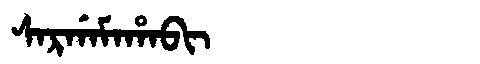
Manchu: ᠰᠠᡵᡤᠠᠮᠠᡥᠠᠪᡳ
Romanization: SARGAMAHABI